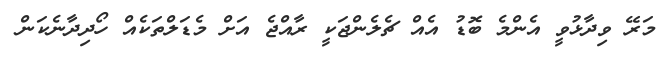
މަރޭ ވިދާޅުވީ އެންމެ ބޮޑު އެއް ޗެލެންޖަކީ ރާއްޖެ އަށް މެޑަލްތަކެއް ހޯދިދާނެކަން